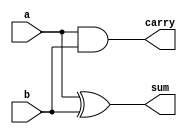

module half_adder(a, b, sum, carry);
    input a, b;
    output sum, carry;
    xor (sum, a, b);
    and (carry, a, b);
endmodule

module full_adder(a, b, cin, sum, cout);
    input a, b, cin;
    output sum, cout;
    wire s1, c1, c2;
    half_adder ha1(a, b, s1, c1);
    half_adder ha2(s1, cin, sum, c2);
    or (cout, c1, c2);
endmodule

module ripple_carry_4_bit_adder(a, b, sum, cout,c0);
    input [3:0] a, b;
    input c0;
    output [3:0] sum;
    output cout;
    wire [3:0] c;
    full_adder fa0(a[0], b[0], c0, sum[0], c[0]);
    full_adder fa1(a[1], b[1], c[0], sum[1], c[1]);
    full_adder fa2(a[2], b[2], c[1], sum[2], c[2]);
    full_adder fa3(a[3], b[3], c[2], sum[3], cout);
endmodule

module five_bit_adder_with_sub(a,b,S,sum,carry,c0,sub);
    input [4:0] a,b;
    input c0,S;
    output [4:0] sum;
    output carry;
    output sub;
    wire ct;
    wire [4:0] c;
    wire c5;
    wire [4:0] b1;
    wire c8;
    wire [3:0] temp;
    wire [4:0] st;
    xor (b1[4],b[4],S);
    xor (b1[3],b[3],S);
    xor (b1[2],b[2],S);
    xor (b1[1],b[1],S);
    xor (b1[0],b[0],S);
    or (ct,S,c0);
    ripple_carry_4_bit_adder M0(a[3:0],b1[3:0],st[3:0],c[4],ct);
    ripple_carry_4_bit_adder M1({3'b0,a[4]},{3'b0,b1[4]},temp,c8,c[4]);
    // assign sub=S==1?temp[1]:1'b0;
    // assign sum[4]=temp[0];
    // assign carry= S==1?1'b0:temp[1];
    assign st[4]=temp[0];
    wire make_two_complement ;
    wire [4:0]two_complement_sum;
    and (make_two_complement,~temp[1],S);
    xor (two_complement_sum[4],st[4],make_two_complement);
    xor (two_complement_sum[3],st[3],make_two_complement);
    xor (two_complement_sum[2],st[2],make_two_complement);
    xor (two_complement_sum[1],st[1],make_two_complement);
    xor (two_complement_sum[0],st[0],make_two_complement);
    wire t_carry;
    and (t_carry,temp[1],~S);
    assign sum=make_two_complement==1?two_complement_sum+1'b1:st;
    assign carry=t_carry;
    assign sub=make_two_complement;

endmodule